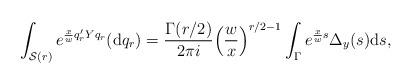
LaTeX: \begin{align*} \int_{\mathcal{S}(r)} e^{\frac{x}{w} q_r'Y q_r} ({\rm d}q_r) = \frac{\Gamma(r/2)}{ 2 \pi i} \Bigl( \frac{w}{x} \Bigr)^{r/2 -1} \int_\Gamma e^{\frac{x}{w}s}\Delta_y(s) {\rm d}s, \end{align*}